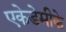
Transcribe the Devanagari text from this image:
एकेडेमीके